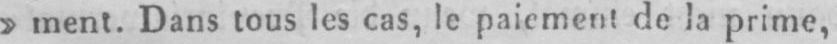
»ment. Dans tous les cas, le paiement de la prime,